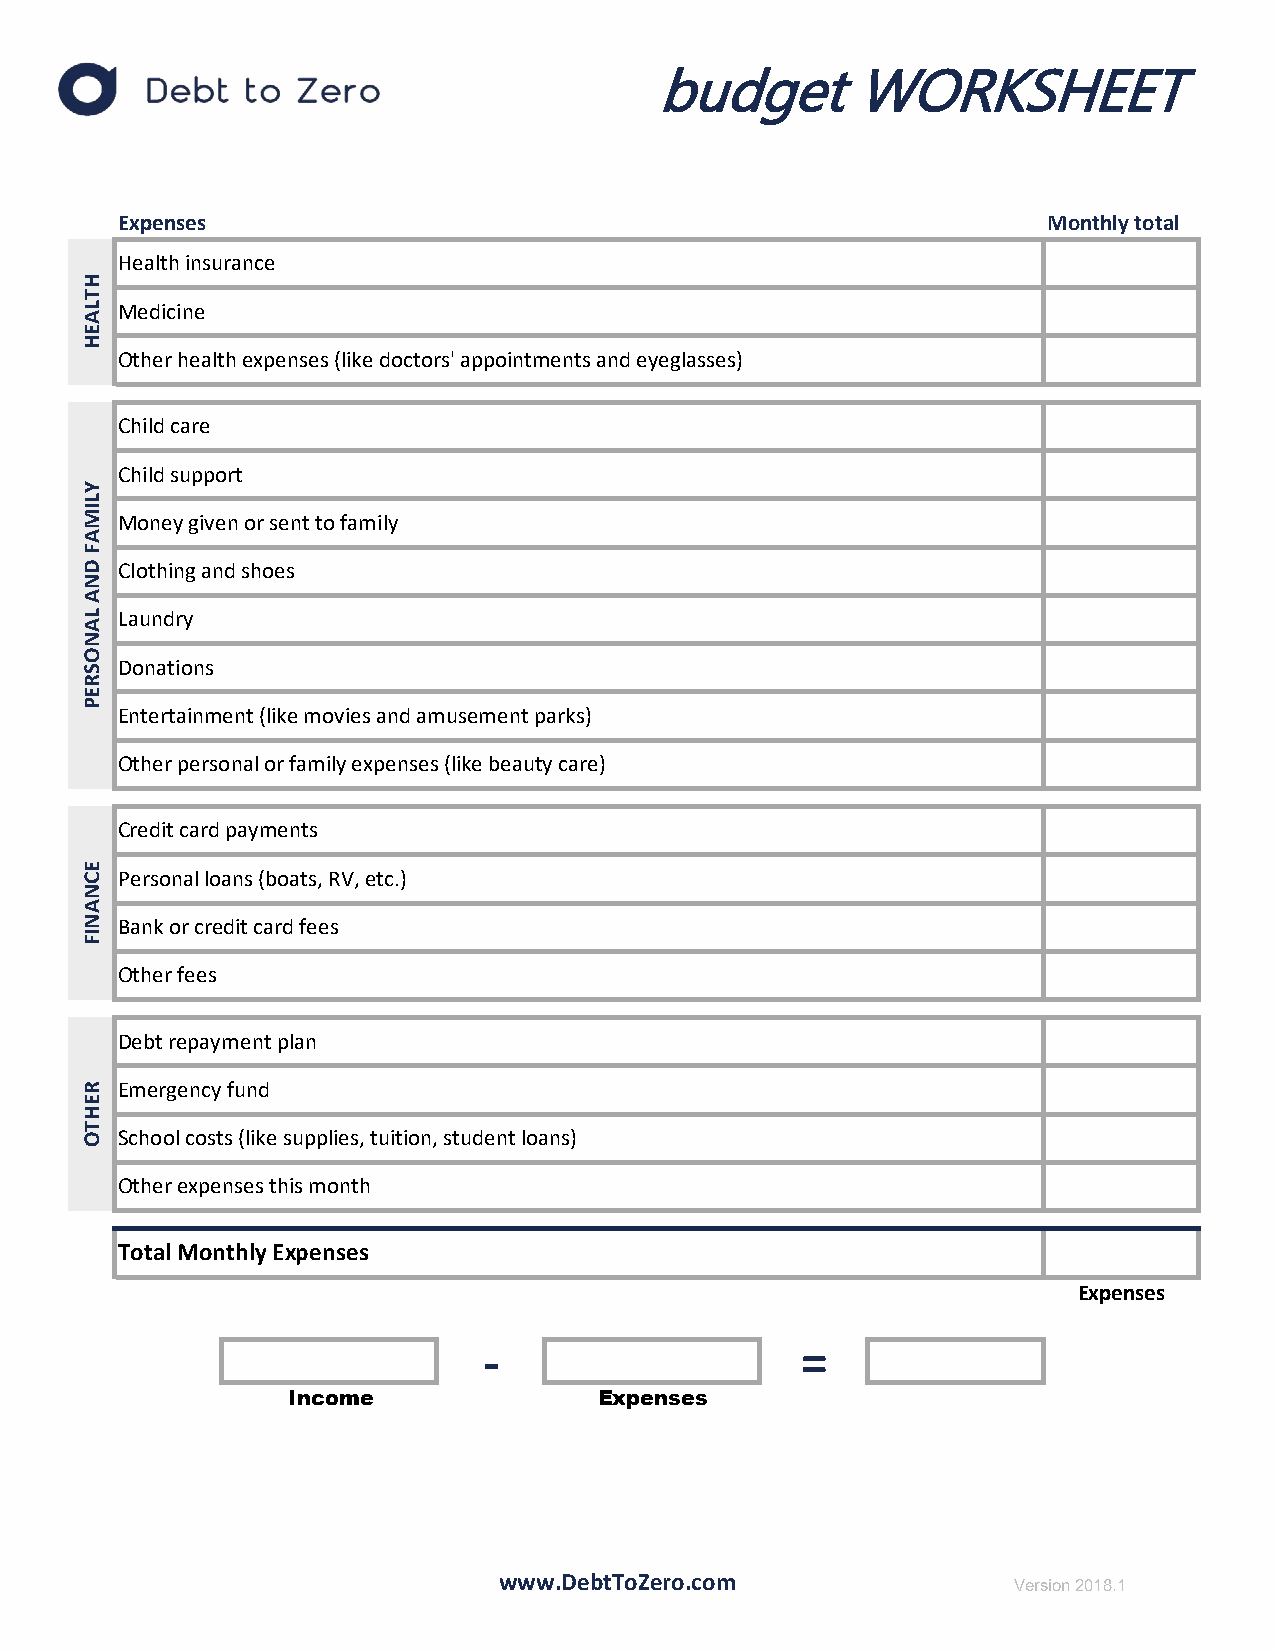
budget       WORKSHEET
 Make     a budget
 Expenses                                                      Monthly total
 Health insurance
 Medicine
 Other health expenses (like doctors' appointments and eyeglasses)
 Child care
 Child support
 Money given or sent to family
 Clothing and shoes
 Laundry
 Donations
 Entertainment (like movies and amusement parks)
 Other personal or family expenses (like beauty care)
 Credit card payments
 Personal loans (boats, RV, etc.)
 Bank or credit card fees
 Other fees
 Debt repayment plan
 Emergency fund
 School costs (like supplies, tuition, student loans)
 Other expenses this month
 Total Monthly Expenses
 Expenses
 -                    =
 Income              Expenses
 www.DebtToZero.com                Version 2018.1
 HTLAEH
 YLIMAF
 DNA
 LANOSREP
 ECNANIF
 REHTO